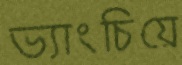
ভ্যাংচিয়ে